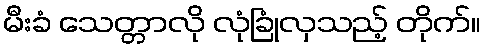
မီးခံ သေတ္တာလို လုံခြုံလှသည့် တိုက်။